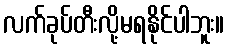
လက်ခုပ်တီးလို့မရနိုင်ပါဘူး။